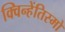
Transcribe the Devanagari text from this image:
क्विन्हेंतिस्मो